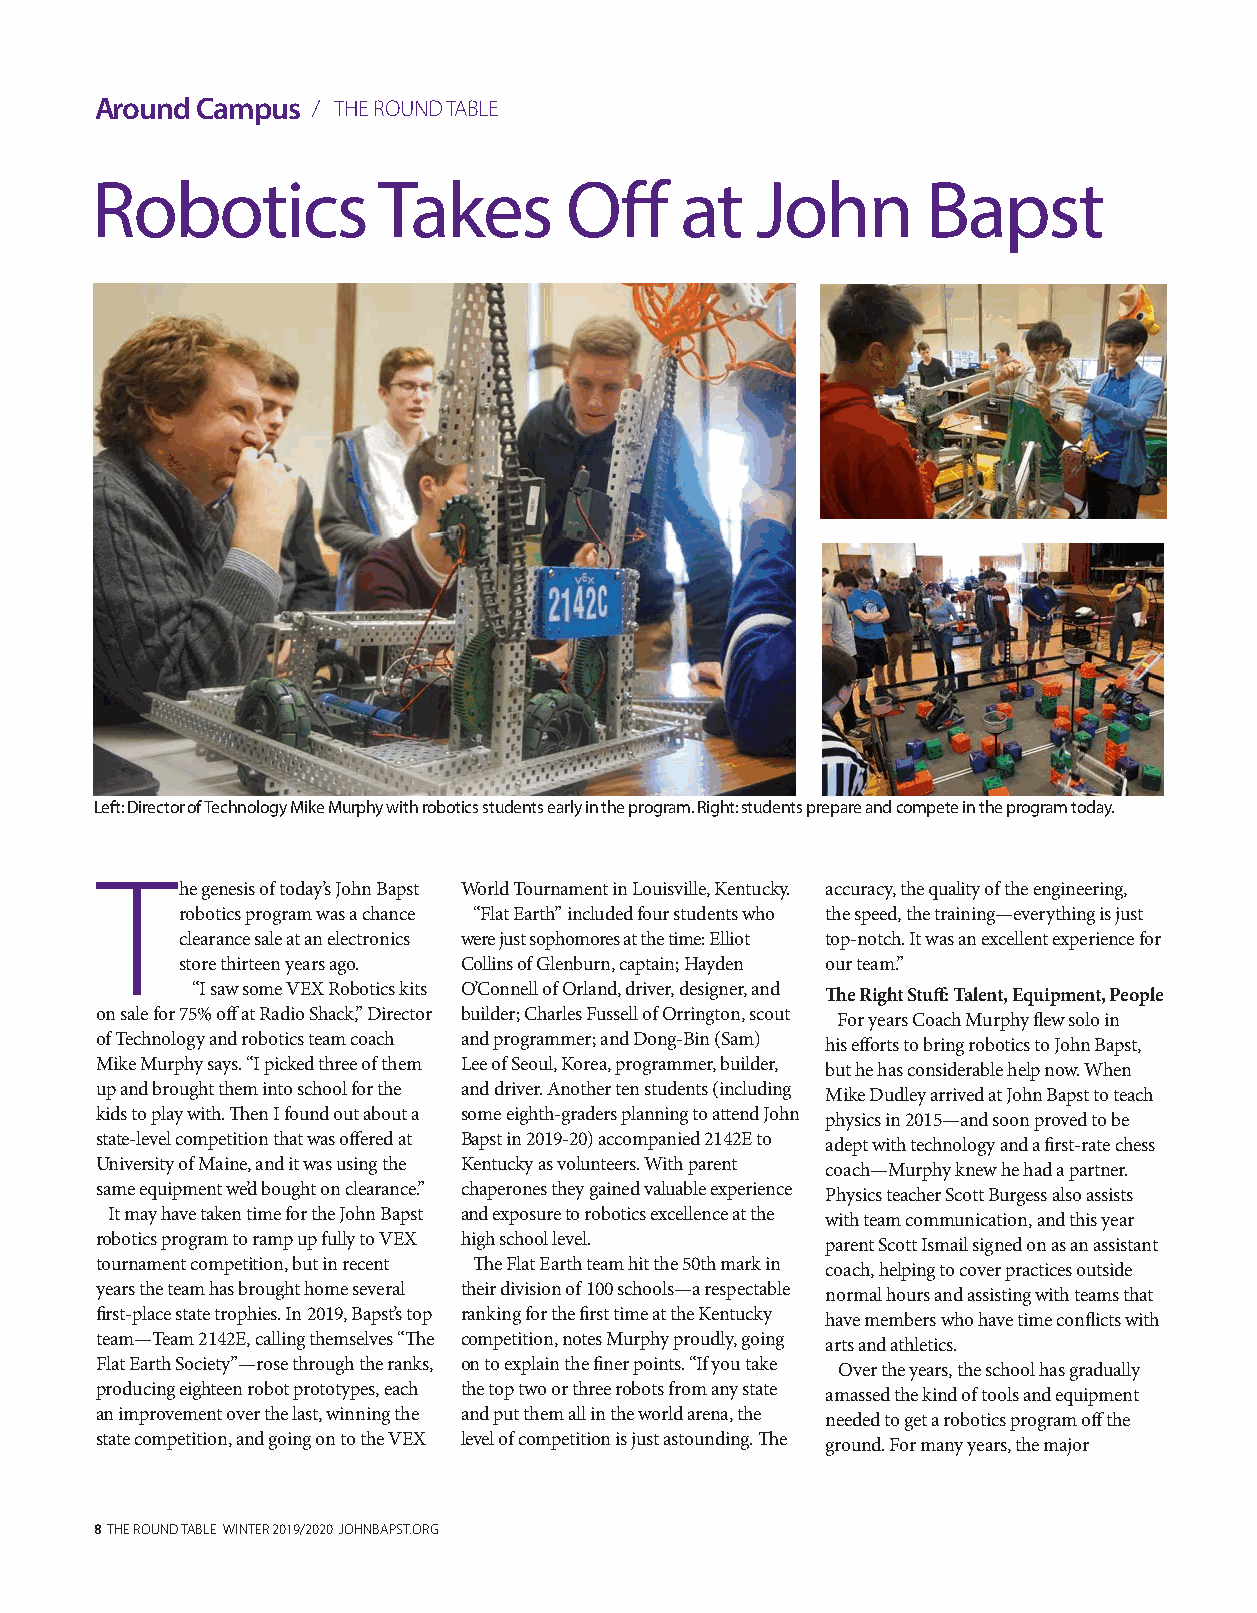
Around Campus  / THE ROUND TABLE
 Robotics           Takes       Off     at   John       Bapst
 Left: Director of Technology Mike Murphy with robotics students early in the program. Right: students prepare and compete in the program today.
 T
 he genesis of today’s John Bapst World Tournament in Louisville, Kentucky. accuracy, the quality of the engineering,
 robotics program was a chance “Flat Earth” included four students who the speed, the training—everything is just
 clearance sale at an electronics were just sophomores at the time: Elliot top-notch. It was an excellent experience for
 store thirteen years ago. Collins of Glenburn, captain; Hayden our team.”
 “I saw some VEX Robotics kits O’Connell of Orland, driver, designer, and The Right Stuff: Talent, Equipment, People
 on sale for 75% off at Radio Shack,” Director builder; Charles Fussell of Orrington, scout For years Coach Murphy flew solo in
 of Technology and robotics team coach and programmer; and Dong-Bin (Sam) his efforts to bring robotics to John Bapst,
 Mike Murphy says. “I picked three of them Lee of Seoul, Korea, programmer, builder, but he has considerable help now. When
 up and brought them into school for the and driver. Another ten students (including Mike Dudley arrived at John Bapst to teach
 kids to play with. Then I found out about a some eighth-graders planning to attend John physics in 2015—and soon proved to be
 state-level competition that was offered at Bapst in 2019-20) accompanied 2142E to adept with technology and a first-rate chess
 University of Maine, and it was using the Kentucky as volunteers. With parent coach—Murphy knew he had a partner.
 same equipment we’d bought on clearance.” chaperones they gained valuable experience Physics teacher Scott Burgess also assists
 It may have taken time for the John Bapst and exposure to robotics excellence at the with team communication, and this year
 robotics program to ramp up fully to VEX high school level. parent Scott Ismail signed on as an assistant
 tournament competition, but in recent The Flat Earth team hit the 50th mark in coach, helping to cover practices outside
 years the team has brought home several their division of 100 schools—a respectable normal hours and assisting with teams that
 first-place state trophies. In 2019, Bapst’s top ranking for the first time at the Kentucky have members who have time conflicts with
 team—Team 2142E, calling themselves “The competition, notes Murphy proudly, going arts and athletics.
 Flat Earth Society”—rose through the ranks, on to explain the finer points. “If you take Over the years, the school has gradually
 producing eighteen robot prototypes, each the top two or three robots from any state amassed the kind of tools and equipment
 an improvement over the last, winning the and put them all in the world arena, the needed to get a robotics program off the
 state competition, and going on to the VEX level of competition is just astounding. The ground. For many years, the major
 8 THE ROUND TABLE WINTER 2019/2020 JOHNBAPST.ORG